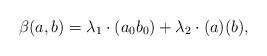
LaTeX: \begin{align*} \beta(a,b)=\lambda_1\cdot (a_0b_0) +\lambda_2\cdot (a)(b),\end{align*}